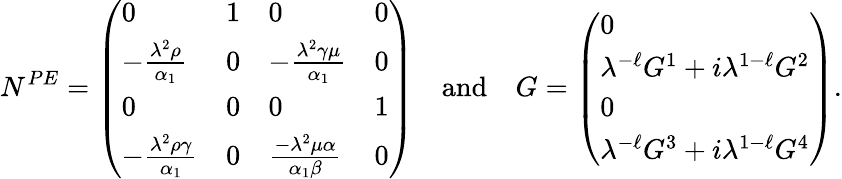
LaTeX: N^{PE}=\left(\begin{array}{llll}{0}&{1}&{0}&{0}\\ {-\frac{{\lambda}^{2}\rho}{\alpha_{1}}}&{0}&{-\frac{{\lambda}^{2}\gamma\mu}{\alpha_{1}}}&{0}\\ {0}&{0}&{0}&{1}\\ {-\frac{{\lambda}^{2}\rho\gamma}{\alpha_{1}}}&{0}&{\frac{-{\lambda}^{2}\mu\alpha}{\alpha_{1}\beta}}&{0}\end{array}\right)\quad\mathrm{and}\quad G=\left(\begin{array}{l}{0}\\ {{\lambda}^{-\ell}G^{1}+i{\lambda}^{1-\ell}G^{2}}\\ {0}\\ {{\lambda}^{-\ell}G^{3}+i{\lambda}^{1-\ell}G^{4}}\end{array}\right).